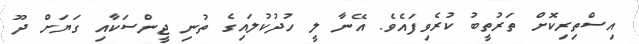
އިސްތިރިކޮށް ތަރުތީބު ކުރެވިފައެވެ. އޭނާ ލީ ހުދުކުލައިގެ ތުނި ޖީންސަކާއި ގަޔަށް ދޫ